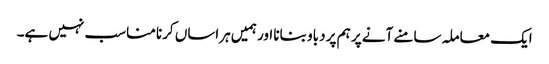
ایک معاملہ سامنے آنے پر ہم پر دباو بنانا اور ہمیں ہراساں کرنا مناسب نہیں ہے۔